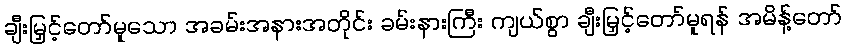
ချီးမြှင့်တော်မူသော အခမ်းအနားအတိုင်း ခမ်းနားကြီး ကျယ်စွာ ချီးမြှင့်တော်မူရန် အမိန့်တော်